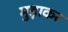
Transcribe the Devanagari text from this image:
मुड़ाकर